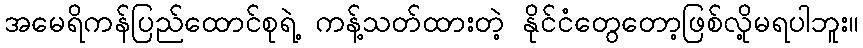
အမေရိကန်ပြည်ထောင်စုရဲ့ ကန့်သတ်ထားတဲ့ နိုင်ငံတွေတော့ဖြစ်လို့မရပါဘူး။